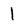
Character: 1